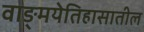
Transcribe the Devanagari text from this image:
वाङ्‌मयेतिहासातील